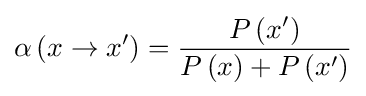
\alpha \left(x\rightarrow x^{\prime }\right)={\frac {P\left(x^{\prime }\right)}{P\left(x\right)+P\left(x^{\prime }\right)}}